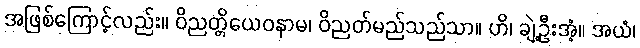
အဖြစ်ကြောင့်လည်း။ ဝိညတ္တိယေဝနာမ၊ ဝိညတ်မည်သည်သာ။ ဟိ၊ ချဲ့ဦးအံ့။ အယံ၊